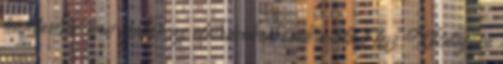
fenntartási terv ezekre az előírásokra csak utalást tesz Kötelezően